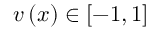
v \left( x \right) \in \left[ - 1 , 1 \right]